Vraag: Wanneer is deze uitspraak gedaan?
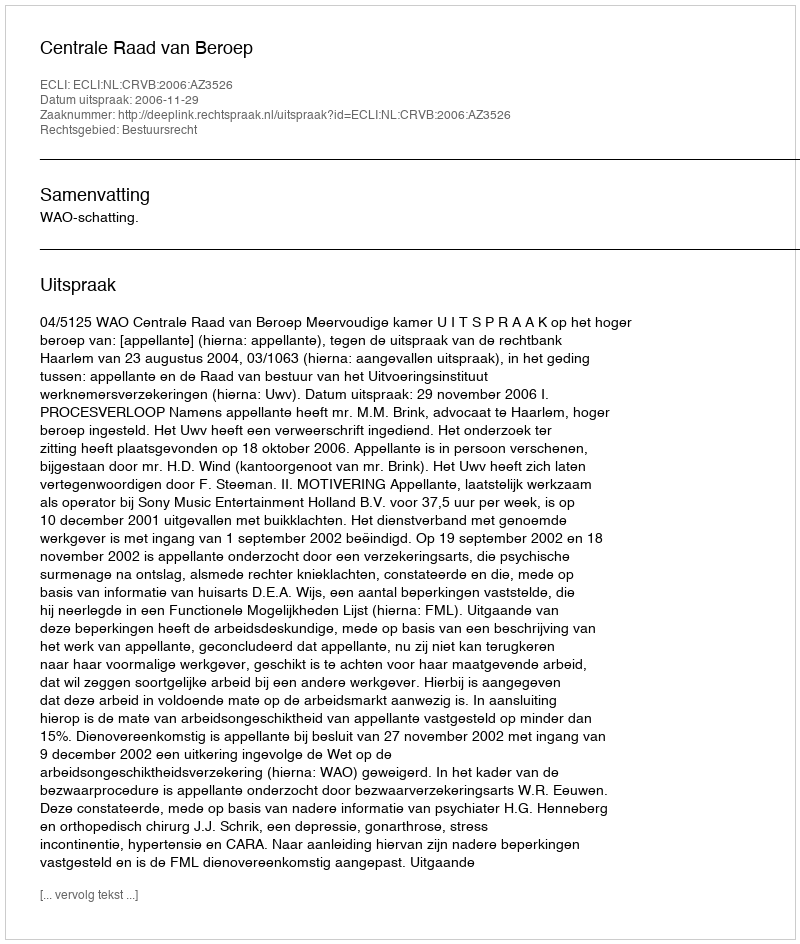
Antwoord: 2006-11-29